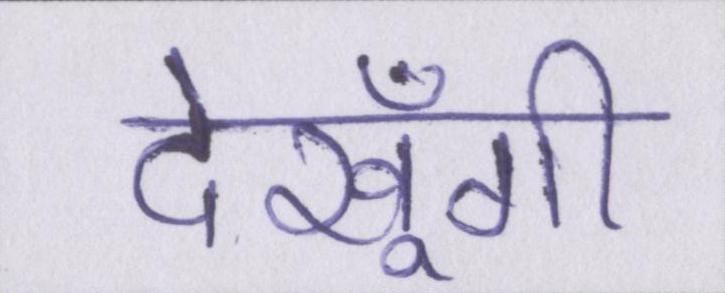
देखूँगी